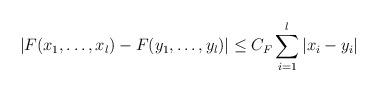
LaTeX: \begin{align*}|F(x_1,\ldots,x_l) -F(y_1,\ldots,y_l)| \le C_F\sum_{i=1}^l |x_i-y_i|\end{align*}